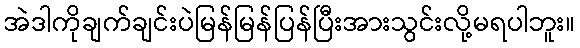
အဲဒါကိုချက်ချင်းပဲမြန်မြန်ပြန်ပြီးအားသွင်းလို့မရပါဘူး။